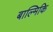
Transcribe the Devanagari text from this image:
बाल्मिकि